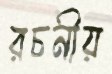
রচনীয়